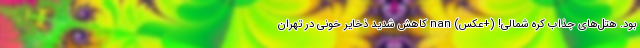
بود. هتل‌های جذاب کره شمالی! (+عکس) nan کاهش شدید ذخایر خونی در تهران